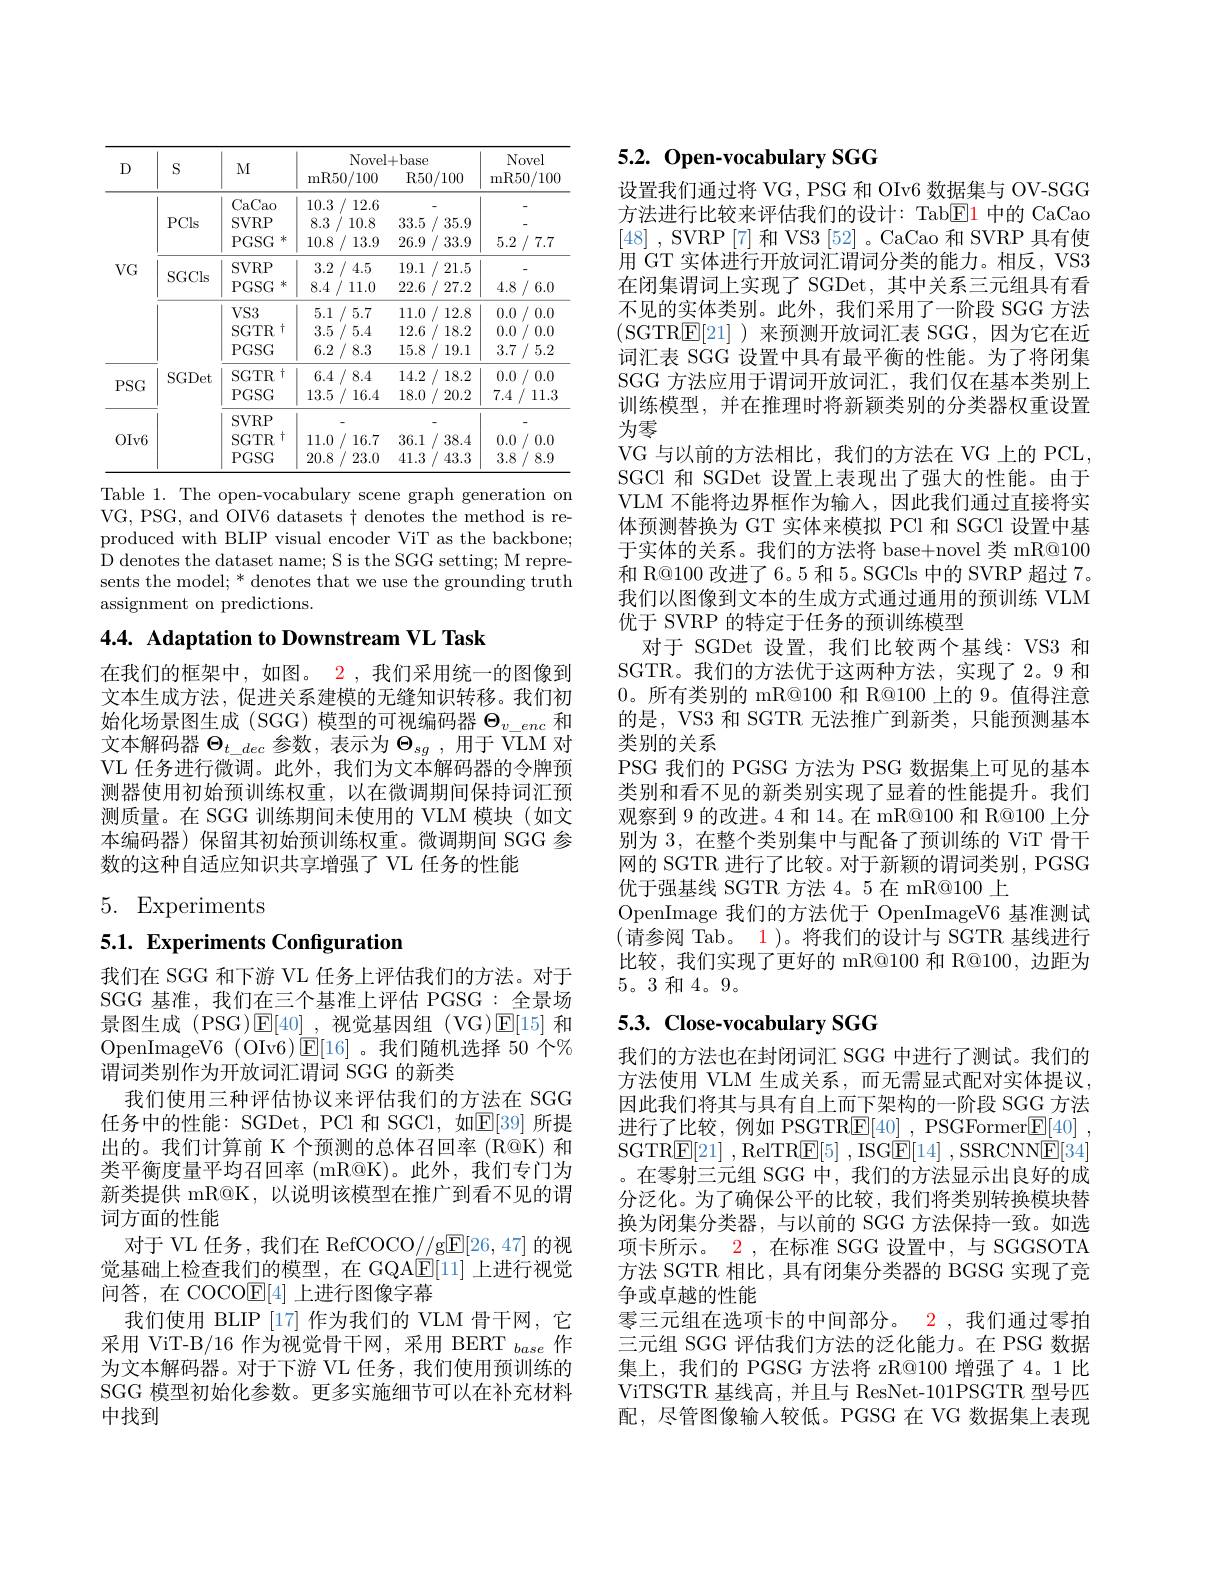
<table>
	<tbody>
		<tr>
			<th rowspan="2">$D$</th>
			<th rowspan="2">$S$</th>
			<th rowspan="2">$M$</th>
			<th colspan="2">Novel+ base</th>
			<th rowspan="2">Novel mR50/ 100</th>
		</tr>
		<tr>
			<th>mR50/ 100</th>
			<th>R50/ 100</th>
		</tr>
		<tr>
			<td rowspan="4">$VG$</td>
			<td>PCls</td>
			<td>CaCao $SVRP$ $PGSG$ 冰</td>
			<td>10.3/ 12.6 8.3 / 10.8 , 10.8 / 13.9</td>
			<td>33.5 / 35.9 26.9 / 33.9</td>
			<td>5.2 / 7.7 1</td>
		</tr>
		<tr>
			<td> </td>
			<td>CaCao</td>
			<td>10.3 12.6</td>
			<td> </td>
			<td> </td>
		</tr>
		<tr>
			<td>SGCls</td>
			<td>$SVRP$ $PGSG$ 冰</td>
			<td>3.2 2/4.5 8.4 11.0</td>
			<td>19.1 1/2 21.5 22.6 27.2 $f$ 1</td>
			<td>4.8 6.0</td>
		</tr>
		<tr>
			<td> </td>
			<td>$\Upsilon TCO$</td>
			<td> </td>
			<td>1 $a^{2}$</td>
			<td> </td>
		</tr>
		<tr>
			<td>$PSG$</td>
			<td>SGDet</td>
			<td>SGTR $\dagger$ $PGSG$</td>
			<td>6.4 / 8.4 13.5 / 16.4</td>
			<td>14.2 / 18.2 18.0 / 20.2</td>
			<td>0.0 1/ 0.0 7.4 / 11.3</td>
		</tr>
		<tr>
			<td rowspan="2">$OIv6$</td>
			<td>1</td>
			<td>$SVRP$ $\dagger$ SGTR $PGSG$</td>
			<td>11.0 / 16.7 20.8 23.0</td>
			<td>36.1 38.4 41.3 43.3</td>
			<td>0.0 )/( 0.0 3.8 8.9</td>
		</tr>
		<tr>
			<td> </td>
			<td>$PGSG$</td>
			<td>20.8 23.0</td>
			<td>41.3 43.3</td>
			<td>3.8 8.9</td>
		</tr>
	</tbody>
</table>
Table 1. The open-vocabulary scene graph generation on

VG, PSG, and OIV6 datasets $\dagger$ denotes the method is reproduced with BLIP visual encoder ViT as the backbone; D denotes the dataset name; S is the SGG setting; M represents the model; * denotes that we use the grounding truth assignment on predictions.

4.4. Adaptation to Downstream VL Task

在我们的框架中，如图。2 , 我们采用统一的图像到文本生成方法，促进关系建模的无缝知识转移。我们初始化场景图生成(SGG)模型的可视编码器$\Theta_v\_enc$和文本解码器$\Theta_{t\_dec}$参数，表示为$\Theta_{sg}$ ,用于 VLM 对VL 任务进行微调。此外，我们为文本解码器的令牌预测器使用初始预训练权重，以在微调期间保持词汇预测质量。在 SGG 训练期间未使用的 VLM 模块(如文本编码器)保留其初始预训练权重。微调期间 SGG 参数的这种自适应知识共享增强了 VL 任务的性能

5. Experiments

5.1. Experiments Configuration

我们在 SGG 和下游 VL 任务上评估我们的方法。对于SGG 基准，我们在三个基准上评估 PGSG:全景场景图生成 (PSG)$\operatorname{E}[40]$ ,视觉基因组 (VG)$\operatorname{E}[15]$和OpenImageV6 ( OIv6) $\underline {{\mathsf{E} }}[ 16]$。我们随机选择 50 个% 谓词类别作为开放词汇谓词 SGG 的新类
我们使用三种评估协议来评估我们的方法在 SGG 任务中的性能：SGDet, PCl 和 SGCl,如$\mathbb{E}[39]$ 所提出的。我们计算前 K 个预测的总体召回率 (R@K) 和类平衡度量平均召回率 (mR@K)。此外，我们专门为新类提供 mR@K, 以说明该模型在推广到看不见的谓词方面的性能
对于 VL 任务，我们在 RefCOCO//g$\overline{\mathrm{E}}[26,47]$的视觉基础上检查我们的模型，在 GQA$\mathbb{E}[11]$上进行视觉问答，在 COCO$\boxed{\mathrm{E}}[4]$上进行图像字幕
我们使用 BLIP [17] 作为我们的 VLM 骨干网，它采用 ViT-B/16 作为视觉骨干网，采用 BERT $_base$作为文本解码器。对于下游 VL 任务，我们使用预训练的SGG 模型初始化参数。更多实施细节可以在补充材料中找到

# 5.2. Open-vocabulary SGG

设置我们通过将 VG, PSG 和 OIv6 数据集与 OV-SGG 方法进行比较来评估我们的设计：Tab$\boxed{\mathrm{E}}1$中的 CaCao [48] , SVRP [7] 和 VS3 [52]。CaCao 和 SVRP 具有使用 GT 实体进行开放词汇谓词分类的能力。相反，VS3在闭集谓词上实现了 SGDet, 其中关系三元组具有看不见的实体类别。此外，我们采用了一阶段 SGG 方法(SGTR$\underline{\mathrm{E}}[21]$ )来预测开放词汇表 SGG,因为它在近词汇表 SGG 设置中具有最平衡的性能。为了将闭集SGG 方法应用于谓词开放词汇，我们仅在基本类别上训练模型，并在推理时将新颖类别的分类器权重设置为零
VG 与以前的方法相比，我们的方法在 VG 上的 PCL, SGCl 和 SGDet 设置上表现出了强大的性能。由于VLM 不能将边界框作为输入，因此我们通过直接将实体预测替换为 GT 实体来模拟 PCl 和 SGCl 设置中基于实体的关系。我们的方法将 base+novel 类 mR@100和 R@100 改进了 6。5 和 5。SGCls 中的 SVRP 超过 7。我们以图像到文本的生成方式通过通用的预训练 VLM 优于 SVRP 的特定于任务的预训练模型
对于 SGDet 设置，我们比较两个基线：VS3 和SGTR。我们的方法优于这两种方法，实现了 2。9 和0。所有类别的 mR@100 和 R@100 上的 9。值得注意的是，VS3 和 SGTR 无法推广到新类，只能预测基本类别的关系
PSG 我们的 PGSG 方法为 PSG 数据集上可见的基本类别和看不见的新类别实现了显着的性能提升。我们观察到 9 的改进。4 和 14。在 mR@100 和 R@100 上分别为 3, 在整个类别集中与配备了预训练的 ViT 骨干网的 SGTR 进行了比较。对于新颖的谓词类别，PGSG 优于强基线 SGTR 方法 4。5 在 mR@100 上
OpenImage 我们的方法优于 OpenImageV6 基准测试(请参阅 Tab。$\color{red} 1)$。将我们的设计与 SGTR 基线进行比较，我们实现了更好的 mR@100 和 R@100,边距为5。3和 4。9。

## $5. 3. \textbf{ Close- vocabulary SGG}$

我们的方法也在封闭词汇 SGG 中进行了测试。我们的方法使用 VLM 生成关系，而无需显式配对实体提议， 因此我们将其与具有自上而下架构的一阶段 SGG 方法进行了比较，例如 PSGTR$\underline {\mathrm{E} }[ 40]$ , PSGFormer$\underline {\mathrm{E} }[ 40]$ , SGTR$\underline {{\mathsf{E} }}[ 21]$ ,RelTR$\underline {\mathsf{E} }[ 5]$ ,ISG$\underline {\mathsf{E} }[ 14]$ ,SSRCNN$\underline{\mathsf{E}}[34]$ 。在零射三元组 SGG 中，我们的方法显示出良好的成分泛化。为了确保公平的比较，我们将类别转换模块替换为闭集分类器，与以前的 SGG 方法保持一致。如选项卡所示。2 ,在标准 SGG 设置中，与 SGGSOTA 方法 SGTR 相比，具有闭集分类器的 BGSG 实现了竞争或卓越的性能
零三元组在选项卡的中间部分。2 , 我们通过零拍三元组 SGG 评估我们方法的泛化能力。在 PSG 数据集上，我们的 PGSG 方法将 zR@100 增强了4。1 比ViTSGTR 基线高，并且与 ResNet-101PSGTR 型号匹配，尽管图像输人较低。PGSG 在 VG 数据集上表现